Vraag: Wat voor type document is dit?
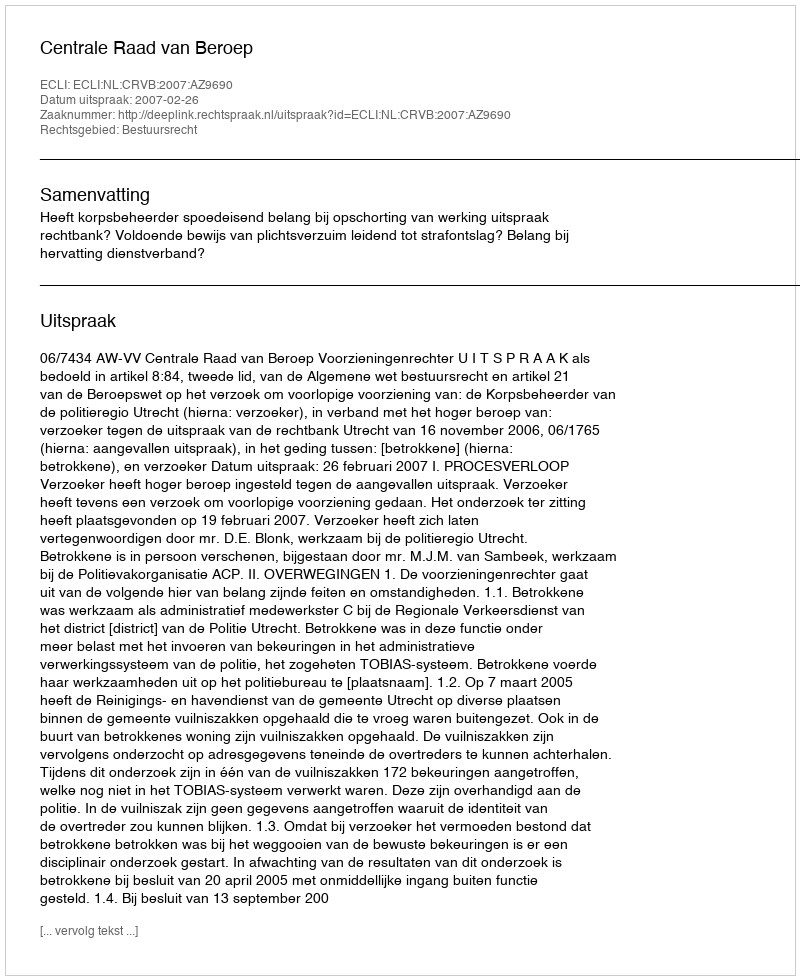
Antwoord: Uitspraak